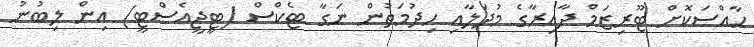
ހާއްސަކޮށް ޓޫރިޒަމް ދާއިރާގެ މުދަލާއި ހިދުމަތުން ނަގާ ޓެކްސް (ޓީޖީއެސްޓީ) އިން ލިބުނު